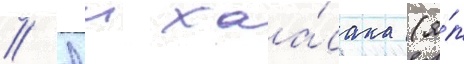
// Аи хаа́сака (я́п